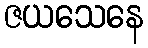
ဇယသေနေ